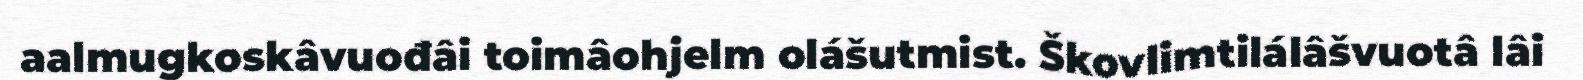
aalmugkoskâvuođâi toimâohjelm olášutmist. Škovlimtilálâšvuotâ lâi